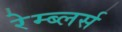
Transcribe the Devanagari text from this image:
रेम्ब्लर्स